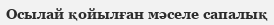
Осылай қойылған мәселе сапалық